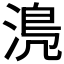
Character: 𣹋